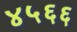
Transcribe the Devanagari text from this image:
४५६६